Note on the mental hospitals in Burma - 1925-1940
Year: 1925
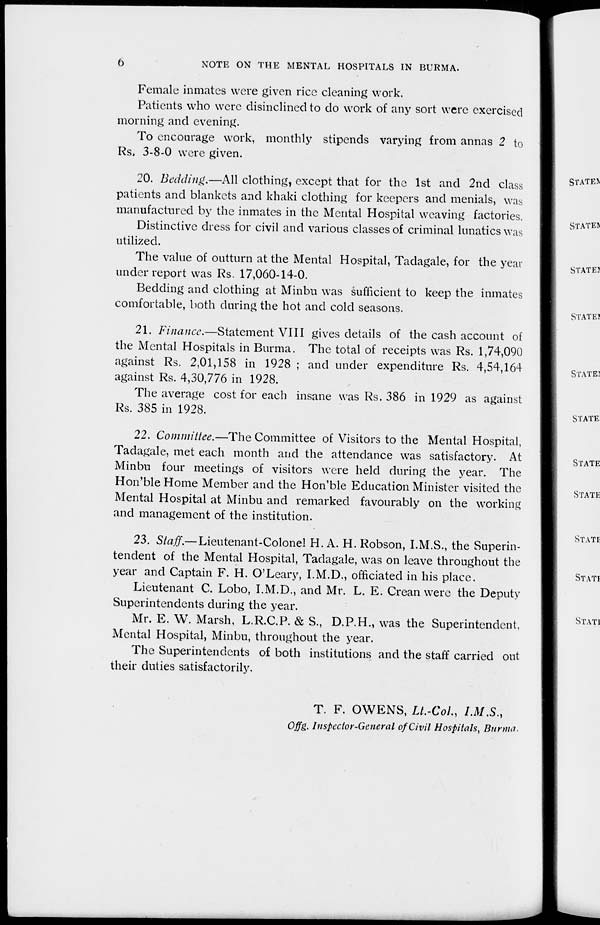
6
NOTE ON THE MENTAL HOSPITALS IN BURMA.
Female inmates were given rice cleaning work.
Patients who were disinclined to do work of any sort were exercised
morning and evening.
To encourage work, monthly stipends varying from annas 2 to
Rs. 3-8-0 were given.
20. Bedding.—All clothing, except that for the 1st and 2nd class
patients and blankets and khaki clothing for keepers and menials, was
manufactured by the inmates in the Mental Hospital weaving factories.
Distinctive dress for civil and various classes of criminal lunatics was
utilized.
The value of outturn at the Mental Hospital, Tadagale, for the year
under report was Rs. 17,060-14-0.
Bedding and clothing at Minbu was sufficient to keep the inmates
comfortable, both during the hot and cold seasons.
21. Finance.—Statement VIII gives details of the cash account of
the Mental Hospitals in Burma. The total of receipts was Rs. 1,74,090
against Rs. 2,01,158 in 1928 ; and under expenditure Rs. 4,54,164
against Rs. 4,30,776 in 1928.
The average cost for each insane was Rs. 386 in 1929 as against
Rs. 385 in 1928.
22. Committee.—The Committee of Visitors to the Mental Hospital,
Tadagale, met each month and the attendance was satisfactory. At
Minbu four meetings of visitors were held during the year. The
Hon'ble Home Member and the Hon'ble Education Minister visited the
Mental Hospital at Minbu and remarked favourably on the working
and management of the institution.
23. Staff.— Lieutenant-Colonel H. A. H. Robson, I.M.S., the Superin-
tendent of the Mental Hospital, Tadagale, was on leave throughout the
year and Captain F. H. O'Leary, I.M.D., officiated in his place.
Lieutenant C. Lobo, I.M.D., and Mr. L. E. Crean were the Deputy
Superintendents during the year.
Mr. E. W. Marsh, L.R.C.P. & S., D.P.H., was the Superintendent,
Mental Hospital, Minbu, throughout the year.
The Superintendents of both institutions and the staff carried out
their duties satisfactorily.
T. F. OWENS, Lt.-Col., I.M.S.,
Offg. Inspector-General of Civil Hospitals, Burma.